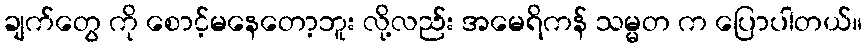
ချက်တွေ ကို စောင့်မနေတော့ဘူး လို့လည်း အမေရိကန် သမ္မတ က ပြောပါတယ်။